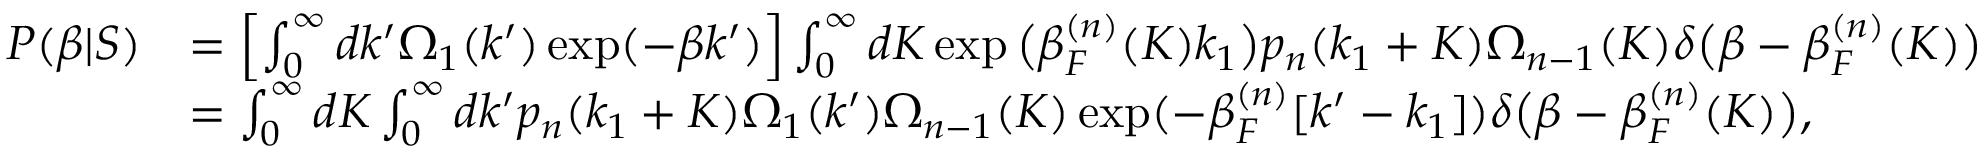
\begin{array} { r l } { P ( \beta | S ) } & { = \left[ \int _ { 0 } ^ { \infty } d k ^ { \prime } \Omega _ { 1 } ( k ^ { \prime } ) \exp ( - \beta k ^ { \prime } ) \right] \int _ { 0 } ^ { \infty } d K \exp \big ( \beta _ { F } ^ { ( n ) } ( K ) k _ { 1 } \big ) p _ { n } ( k _ { 1 } + K ) \Omega _ { n - 1 } ( K ) \delta \big ( \beta - \beta _ { F } ^ { ( n ) } ( K ) \big ) } \\ & { = \int _ { 0 } ^ { \infty } d K \int _ { 0 } ^ { \infty } d k ^ { \prime } p _ { n } ( k _ { 1 } + K ) \Omega _ { 1 } ( k ^ { \prime } ) \Omega _ { n - 1 } ( K ) \exp ( - \beta _ { F } ^ { ( n ) } [ k ^ { \prime } - k _ { 1 } ] ) \delta \big ( \beta - \beta _ { F } ^ { ( n ) } ( K ) \big ) , } \end{array}